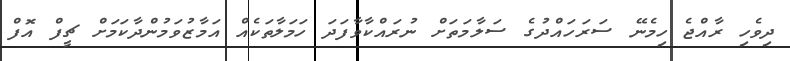
ދިވެހި ރާއްޖެ ހިމެނޭ ސަރަހައްދުގެ ސަލާމަތަށް ނުރައްކާވާފަދަ ހަމަލާތަކެއް އަމާޒުވަމުންދާކަމަށް ޗީފް އޮފް